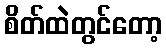
စိတ်ထဲတွင်တော့